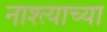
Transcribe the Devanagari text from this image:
नाश्त्याच्या